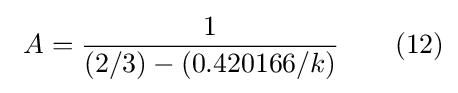
\ A={\frac {1}{(2/3)-(0.420166/k)}}\qquad (12)